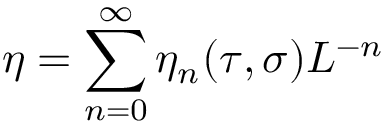
\eta = \sum _ { n = 0 } ^ { \infty } \eta _ { n } ( \tau , \sigma ) L ^ { - n }